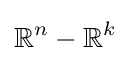
\mathbb {R} ^{n}-\mathbb {R} ^{k}